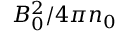
B _ { 0 } ^ { 2 } / 4 \pi n _ { 0 }